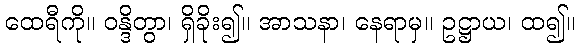
ထေရီကို။ ဝန္ဒိတွာ၊ ရှိခိုး၍။ အာသနာ၊ နေရာမှ။ ဥဋ္ဌာယ၊ ထ၍။